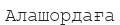
Алашордаға